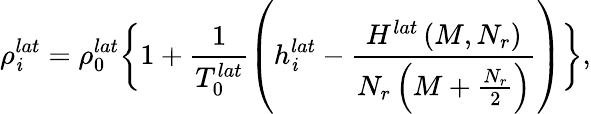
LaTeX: \rho_{\mathit{i}}^{lat}=\rho_{0}^{lat}\bigg\{ 1+\frac{{1}}{{T_{0}^{lat}}}\left(h_{\mathit{i}}^{lat}-\frac{{H^{lat}\left(M,N_{r}\right)}}{{N_{r}\left(M+\frac{{N_{r}}}{{2}}\right)}}\right)\bigg\} ,